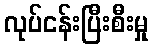
လုပ်ငန်းပြီးစီးမှု